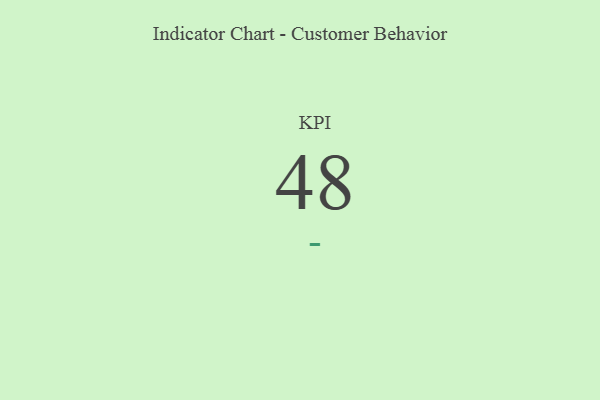
{"axis": {"x": "KPI", "y": "Value"}, "legend": [""], "data": [{"x": "KPI", "y": 48, "type": ""}]}